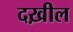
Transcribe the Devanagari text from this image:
दख़ील